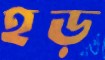
হড়